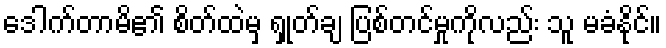
ဒေါက်တာမိ၏ စိတ်ထဲမှ ရှုတ်ချ ပြစ်တင်မှုကိုလည်း သူ မခံနိုင်။